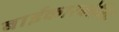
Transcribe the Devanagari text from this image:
बाईकारबोनिट